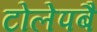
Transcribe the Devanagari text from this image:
टोलेपबै